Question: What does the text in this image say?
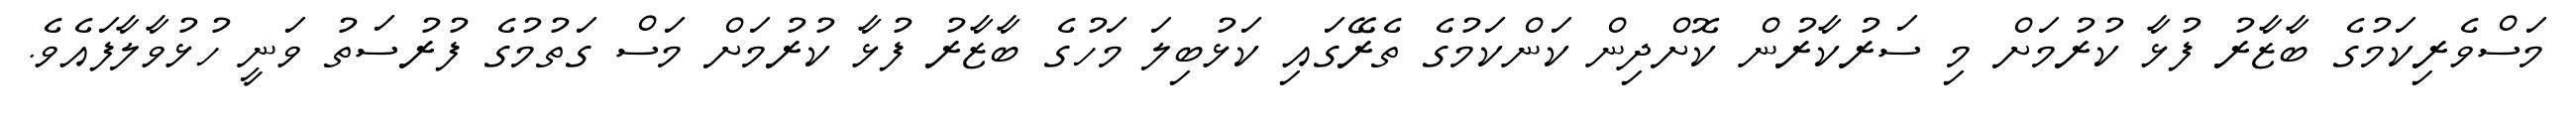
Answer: މަސްވެރިކަމުގެ ބާޒާރު ފުޅާ ކުރުމަށް މި ސަރުކާރުން ކޮށްދިން ކަންކަމުގެ ތެރޭގައި ކަޅުބިލަ މަހުގެ ބާޒާރު ފުޅާ ކުރުމަށް މަސް ގަތުމުގެ ފުރުސަތު ވަނީ ހުޅުވާލާފައެވެ.